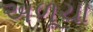
અળૂચા